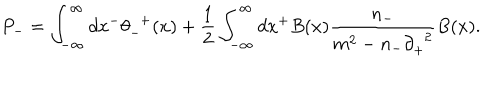
P _ { - } = \int _ { - { \infty } } ^ { \infty } d x ^ { - } { \theta } _ { - } ^ { \; \; + } ( x ) + \frac { 1 } { 2 } \int _ { - { \infty } } ^ { \infty } d x ^ { + } B ( x ) \frac { n _ { - } } { m ^ { 2 } - n _ { - } { \partial } _ { + } ^ { \; \; 2 } } B ( x ) .